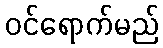
ဝင်ရောက်မည်